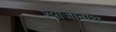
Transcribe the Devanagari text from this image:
श्योजीनाथ